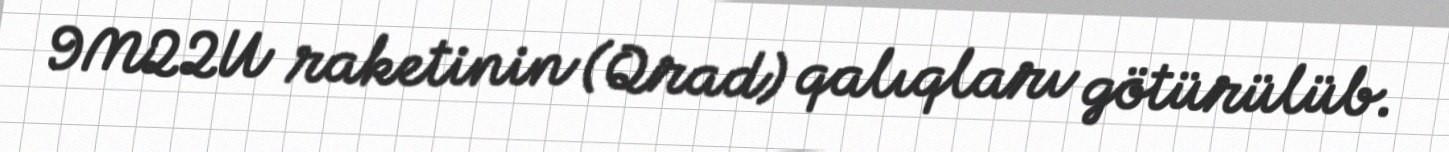
9M22U raketinin (Qrad) qalıqları götürülüb.